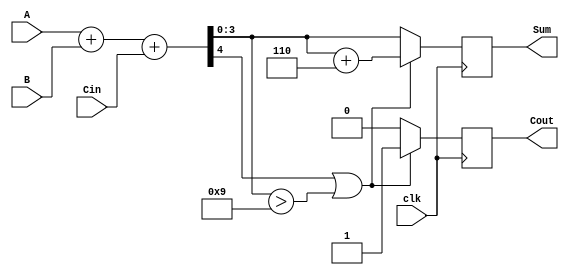
module BCD_Synchronous_Adder (
    input wire [3:0] A,        // First BCD digit (0-9)
    input wire [3:0] B,        // Second BCD digit (0-9)
    input wire Cin,            // Carry-in from previous addition
    input wire clk,            // Clock signal
    output reg [3:0] Sum,      // Resulting BCD digit (0-9)
    output reg Cout            // Carry-out indicating if result exceeds 9
);

    wire [4:0] S;  // 5-bit sum to hold A + B + Cin

    // Calculate the initial sum
    assign S = A + B + Cin;

    always @(posedge clk) begin
        // Check if the sum exceeds the BCD limit (9) or if there is a carry-out from the addition
        if (S[4] || (S[3:0] > 4'b1001)) begin
            // Apply BCD correction by adding 6 (0110)
            Sum <= S[3:0] + 4'b0110;
            Cout <= 1; // Set carry-out since the maximum digit exceeded
        end else begin
            Sum <= S[3:0]; // No correction needed
            Cout <= 0; // No carry-out
        end
    end

endmodule